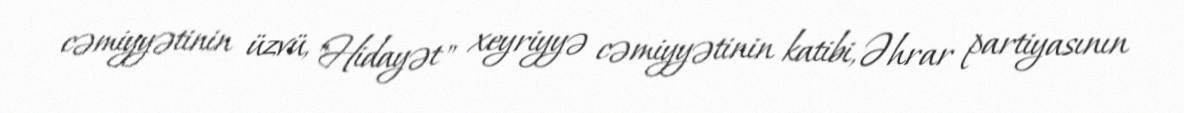
cəmiyyətinin üzvü, "Hidayət" xeyriyyə cəmiyyətinin katibi, Əhrar partiyasının